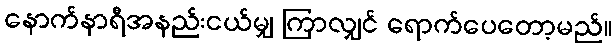
နောက်နာရီအနည်းငယ်မျှ ကြာလျှင် ရောက်ပေတော့မည်။